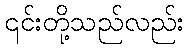
၎င်းတို့သည်လည်း